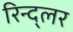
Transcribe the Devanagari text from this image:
रिन्द्लर